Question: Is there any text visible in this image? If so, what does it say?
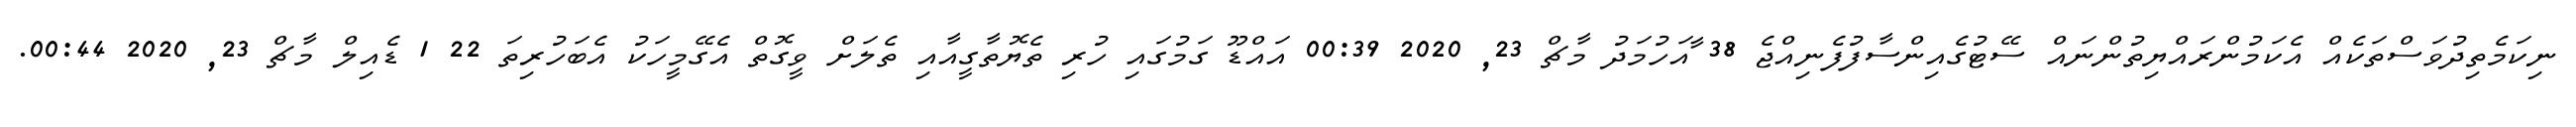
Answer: ނިކަމެތިދުވަސްތަކެއް އެކަމުންރައްޔިތުންނައް ސޭޓުގެއިންސާފުފެނިއްޖެ 38 ާއަހުމަދު މާޗް 23, 2020 00:39 އައްޑޫ ގަމުގައި ހުރި ތެޔޮތާގީއާއި ތެލަށް ވީގޮތް އެގޭމީހަކު އެބަހުރިތަ 22 1 ޑެއިލް މާޗް 23, 2020 00:44.